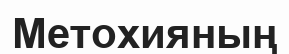
Метохияның